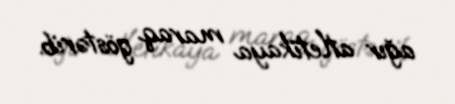
ağır atletikaya maraq göstərib.